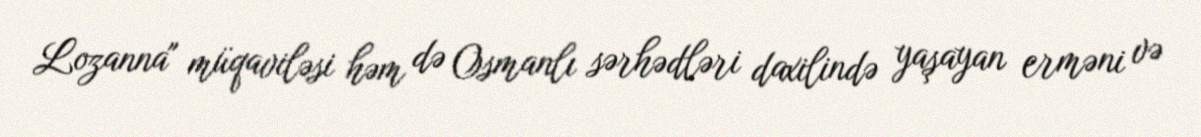
Lozanna" müqaviləsi həm də Osmanlı sərhədləri daxilində yaşayan erməni və